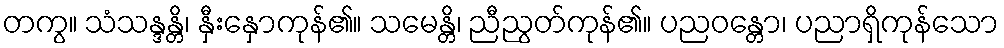
တကွ။ သံသန္ဒန္တိ၊ နှီးနှောကုန်၏။ သမေန္တိ၊ ညီညွတ်ကုန်၏။ ပညဝန္တော၊ ပညာရှိကုန်သော